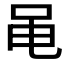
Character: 黾